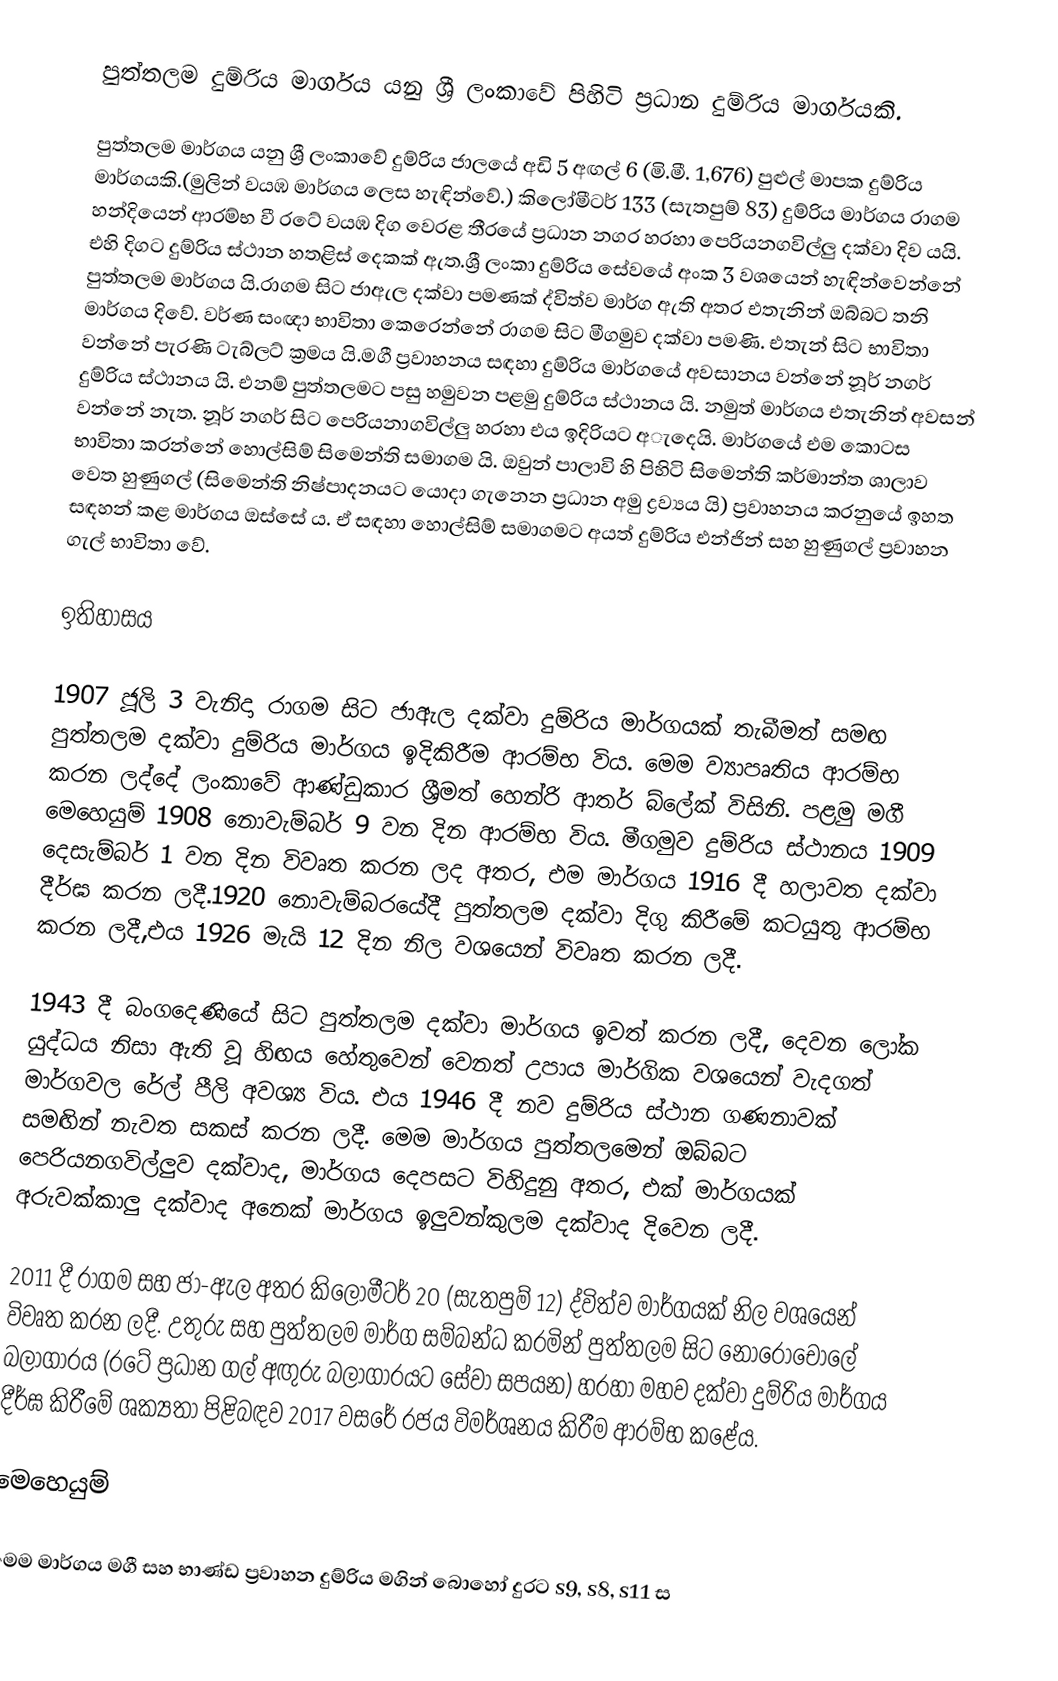
පුත්තලම දුම්රිය මාර්ගය යනු ශ්‍රී ලංකාවේ පිහිටි ප්‍රධාන දුම්රිය මාර්ගයකි.

පුත්තලම මාර්ගය යනු ශ්‍රී ලංකාවේ දුම්රිය ජාලයේ අඩි 5 අඟල් 6 (මි.මී. 1,676) පුළුල් මාපක දුම්රිය මාර්ගයකි.(මුලින් වයඹ මාර්ගය ලෙස හැඳින්වේ.)  කිලෝමීටර් 133 (සැතපුම් 83) දුම්රිය මාර්ගය රාගම හන්දියෙන් ආරම්භ වී රටේ වයඹ දිග වෙරළ තීරයේ ප්‍රධාන නගර හරහා පෙරියනගවිල්ලු දක්වා දිව යයි. එහි දිගට දුම්රිය ස්ථාන හතළිස් දෙකක් ඇත.ශ්‍රී ලංකා දුම්රිය සේවයේ අංක 3 වශයෙන් හැඳින්වෙන්නේ පුත්තලම මාර්ගය යි.රාගම සිට ජාඇල දක්වා පමණක් ද්විත්ව මාර්ග ඇති අතර එතැනින් ඔබ්බට තනි මාර්ගය දිවේ. වර්ණ සංඥා භාවිතා කෙරෙන්නේ රාගම සිට මීගමුව දක්වා පමණි. එතැන් සිට භාවිතා වන්නේ පැරණි ටැබ්ලට් ක්‍රමය යි.මගී ප්‍රවාහනය සඳහා දුම්රිය මාර්ගයේ අවසානය වන්නේ නූර් නගර් දුම්රිය ස්ථානය යි. එනම් පුත්තලමට පසු හමුවන පළමු දුම්රිය ස්ථානය යි. නමුත් මාර්ගය එතැනින් අවසන් වන්නේ නැත. නූර් නගර් සිට පෙරියනාගවිල්ලු හරහා එය ඉදිරියට අැදෙයි. මාර්ගයේ එම කොටස භාවිතා කරන්නේ හොල්සිම් සිමෙන්ති සමාගම යි. ඔවුන් පාලාවි හි පිහිටි සිමෙන්ති කර්මාන්ත ශාලාව වෙත හුණුගල් (සිමෙන්ති නිෂ්පාදනයට යොදා ගැනෙන ප්‍රධාන අමු ද්‍රව්‍යය යි) ප්‍රවාහනය කරනුයේ ඉහත සඳහන් කළ මාර්ගය ඔස්සේ ය. ඒ සඳහා හොල්සිම් සමාගමට අයත් දුම්රිය එන්ජින් සහ හුණුගල් ප්‍රවාහන ගැල් භාවිතා වේ.

 ඉතිහාසය

1907 ජූලි 3 වැනිදා රාගම සිට ජාඇල දක්වා දුම්රිය මාර්ගයක් තැබීමත් සමඟ පුත්තලම දක්වා දුම්රිය මාර්ගය ඉදිකිරීම ආරම්භ විය. මෙම ව්‍යාපෘතිය ආරම්භ කරන ලද්දේ ලංකාවේ ආණ්ඩුකාර ශ්‍රීමත් හෙන්රි ආතර් බ්ලේක් විසිනි. පළමු මගී මෙහෙයුම් 1908 නොවැම්බර් 9 වන දින ආරම්භ විය. මීගමුව දුම්රිය ස්ථානය 1909 දෙසැම්බර් 1 වන දින විවෘත කරන ලද අතර, එම මාර්ගය 1916 දී හලාවත දක්වා දීර්ඝ කරන ලදී.1920 නොවැම්බරයේදී පුත්තලම දක්වා දිගු කිරීමේ කටයුතු ආරම්භ කරන ලදී,එය 1926 මැයි 12 දින නිල වශයෙන් විවෘත කරන ලදී.

1943 දී බංගදෙණියේ සිට පුත්තලම දක්වා මාර්ගය ඉවත් කරන ලදී, දෙවන ලෝක යුද්ධය නිසා ඇති වූ හිඟය හේතුවෙන් වෙනත් උපාය මාර්ගික වශයෙන් වැදගත් මාර්ගවල රේල් පීලි අවශ්‍ය විය. එය 1946 දී නව දුම්රිය ස්ථාන ගණනාවක් සමඟින් නැවත සකස් කරන ලදී. මෙම මාර්ගය පුත්තලමෙන් ඔබ්බට පෙරියනගවිල්ලුව දක්වාද, මාර්ගය දෙපසට විහිදුනු අතර, එක් මාර්ගයක් අරුවක්කාලු දක්වාද අනෙක් මාර්ගය ඉලුවන්කුලම දක්වාද දිවෙන ලදී.

2011 දී රාගම සහ ජා-ඇල අතර කිලෝමීටර් 20 (සැතපුම් 12) ද්විත්ව මාර්ගයක් නිල වශයෙන් විවෘත කරන ලදී. උතුරු සහ පුත්තලම මාර්ග සම්බන්ධ කරමින් පුත්තලම සිට නොරොචෝලේ බලාගාරය (රටේ ප්‍රධාන ගල් අඟුරු බලාගාරයට සේවා සපයන) හරහා මහව දක්වා දුම්රිය මාර්ගය දීර්ඝ කිරීමේ ශක්‍යතා පිළිබඳව 2017 වසරේ රජය විමර්ශනය කිරීම ආරම්භ කළේය.

 මෙහෙයුම්

මෙම මාර්ගය මගී සහ භාණ්ඩ ප්‍රවාහන දුම්රිය මගින් බොහෝ දුරට s9, s8, s11 ස